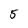
Character: 5